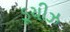
ડૂચીઝ